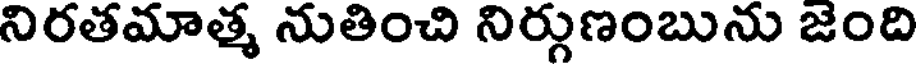
నిరతమాత్మ నుతించి నిర్గుణంబును జంది